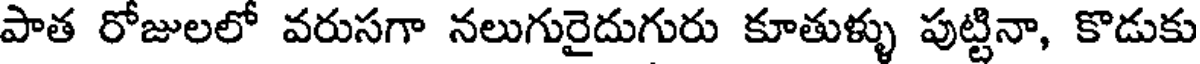
పాత రోజులలో వరుసగా నలుగురైదుగురు కూతుళ్ళు పుట్టినా, కొడుకు